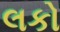
લકો